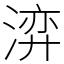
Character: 㴒